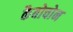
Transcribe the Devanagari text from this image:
कैबोचोन